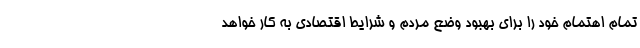
تمام اهتمام خود را برای بهبود وضع مردم و شرایط اقتصادی به کار خواهد